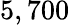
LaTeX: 5,700